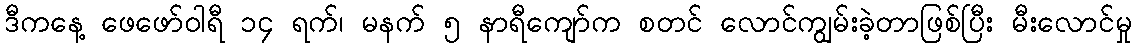
ဒီကနေ့ ဖေဖော်ဝါရီ ၁၄ ရက်၊ မနက် ၅ နာရီကျော်က စတင် လောင်ကျွမ်းခဲ့တာဖြစ်ပြီး မီးလောင်မှု